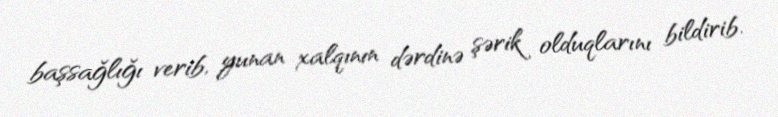
başsağlığı verib, yunan xalqının dərdinə şərik olduqlarını bildirib.